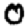
Digit: 0